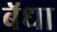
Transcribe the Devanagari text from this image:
बॅधा